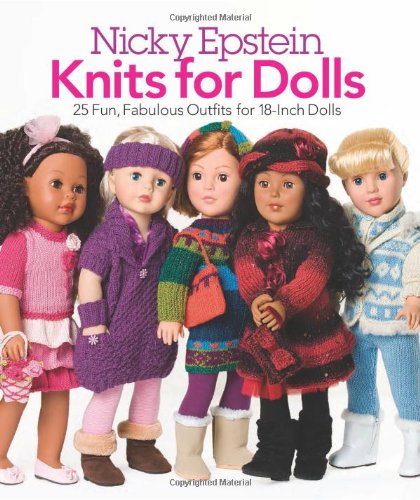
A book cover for Nicky Epstein Knits for Dolls: 25 Fun, Fabulous Outfits for 18-Inch Dolls; Nicky Epstein; Crafts, Hobbies & Home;